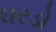
ઘરડો